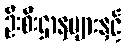
ဦးစီးဌာနများနှင့်